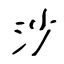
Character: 沙